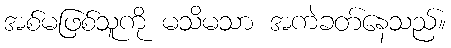
အစ်မဖြစ်သူကို မသိမသာ အကဲခတ်နေသည်။